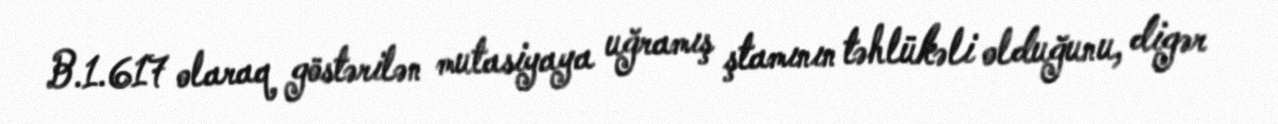
B.1.617 olaraq göstərilən mutasiyaya uğramış ştamının təhlükəli olduğunu, digər